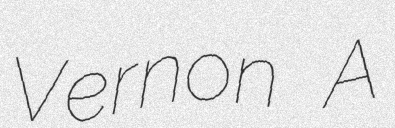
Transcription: Vernon A